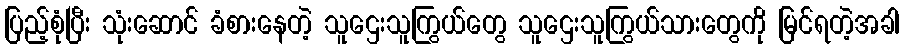
ပြည့်စုံပြီး သုံးဆောင် ခံစားနေတဲ့ သူဌေးသူကြွယ်တွေ သူဌေးသူကြွယ်သားတွေကို မြင်ရတဲ့အခါ